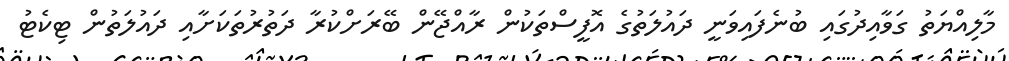
މާލިއްޔަތު ގަވާއިދުގައި ބުނެފައިވަނީ ދައުލަތުގެ އޮފީސްތަކުން ރާއްޖޭން ބޭރަށްކުރާ ދަތުރުތަކަށާއި ދައުލަތުން ޓިކެޓު